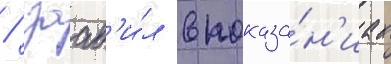
/ заав'и́л в показа́н'иах